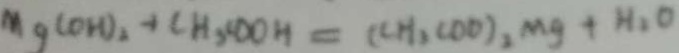
M g ( O H ) _ { 2 } + C H _ { 3 } , C O O H = ( C H _ { 2 } C O O ) _ { 2 } M g + H _ { 2 } O